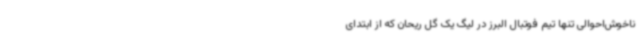
ناخوش‌احوالی تنها تیم فوتبال البرز در لیگ یک گل ریحان که از ابتدای